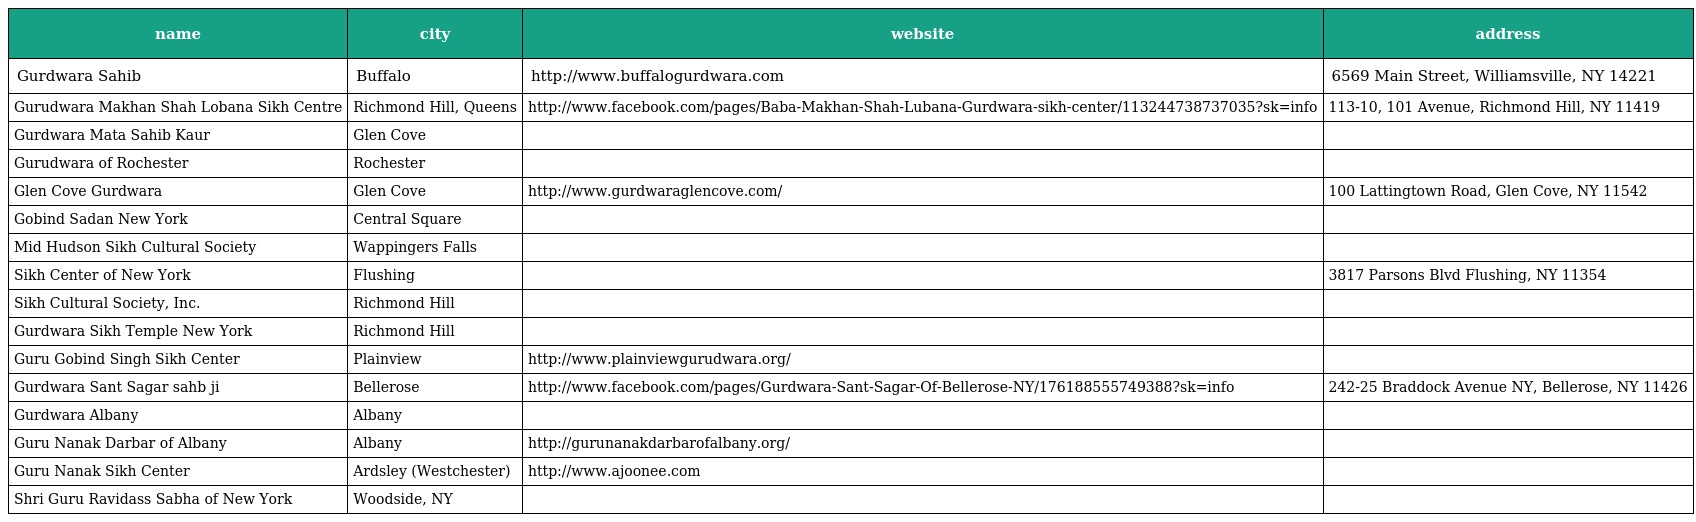
| name | city | website | address |
 | --- | --- | --- | --- |
 | Gurdwara Sahib | Buffalo | http://www.buffalogurdwara.com | 6569 Main Street, Williamsville, NY 14221 |
 | Gurudwara Makhan Shah Lobana Sikh Centre | Richmond Hill, Queens | http://www.facebook.com/pages/Baba-Makhan-Shah-Lubana-Gurdwara-sikh-center/113244738737035?sk=info | 113-10, 101 Avenue, Richmond Hill, NY 11419 |
 | Gurdwara Mata Sahib Kaur | Glen Cove |  |  |
 | Gurudwara of Rochester | Rochester |  |  |
 | Glen Cove Gurdwara | Glen Cove | http://www.gurdwaraglencove.com/ | 100 Lattingtown Road, Glen Cove, NY 11542 |
 | Gobind Sadan New York | Central Square |  |  |
 | Mid Hudson Sikh Cultural Society | Wappingers Falls |  |  |
 | Sikh Center of New York | Flushing |  | 3817 Parsons Blvd Flushing, NY 11354 |
 | Sikh Cultural Society, Inc. | Richmond Hill |  |  |
 | Gurdwara Sikh Temple New York | Richmond Hill |  |  |
 | Guru Gobind Singh Sikh Center | Plainview | http://www.plainviewgurudwara.org/ |  |
 | Gurdwara Sant Sagar sahb ji | Bellerose | http://www.facebook.com/pages/Gurdwara-Sant-Sagar-Of-Bellerose-NY/176188555749388?sk=info | 242-25 Braddock Avenue NY, Bellerose, NY 11426 |
 | Gurdwara Albany | Albany |  |  |
 | Guru Nanak Darbar of Albany | Albany | http://gurunanakdarbarofalbany.org/ |  |
 | Guru Nanak Sikh Center | Ardsley (Westchester) | http://www.ajoonee.com |  |
 | Shri Guru Ravidass Sabha of New York | Woodside, NY |  |  |